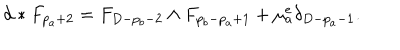
d * F _ { p _ { a } + 2 } = F _ { D - p _ { b } - 2 } \wedge F _ { p _ { b } - p _ { a } + 1 } + \mu _ { a } ^ { e } \delta _ { D - p _ { a } - 1 } .